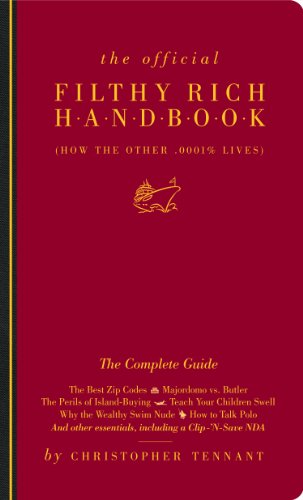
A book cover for The Official Filthy Rich Handbook; Christopher Tennant; Politics & Social Sciences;